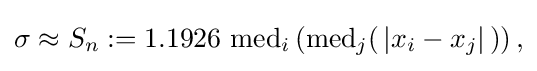
{\begin{aligned}\sigma \approx S_{n}&:=1.1926\,\operatorname {med} _{i}\left(\operatorname {med} _{j}(\,\left|x_{i}-x_{j}\right|\,)\right),\\\end{aligned}}